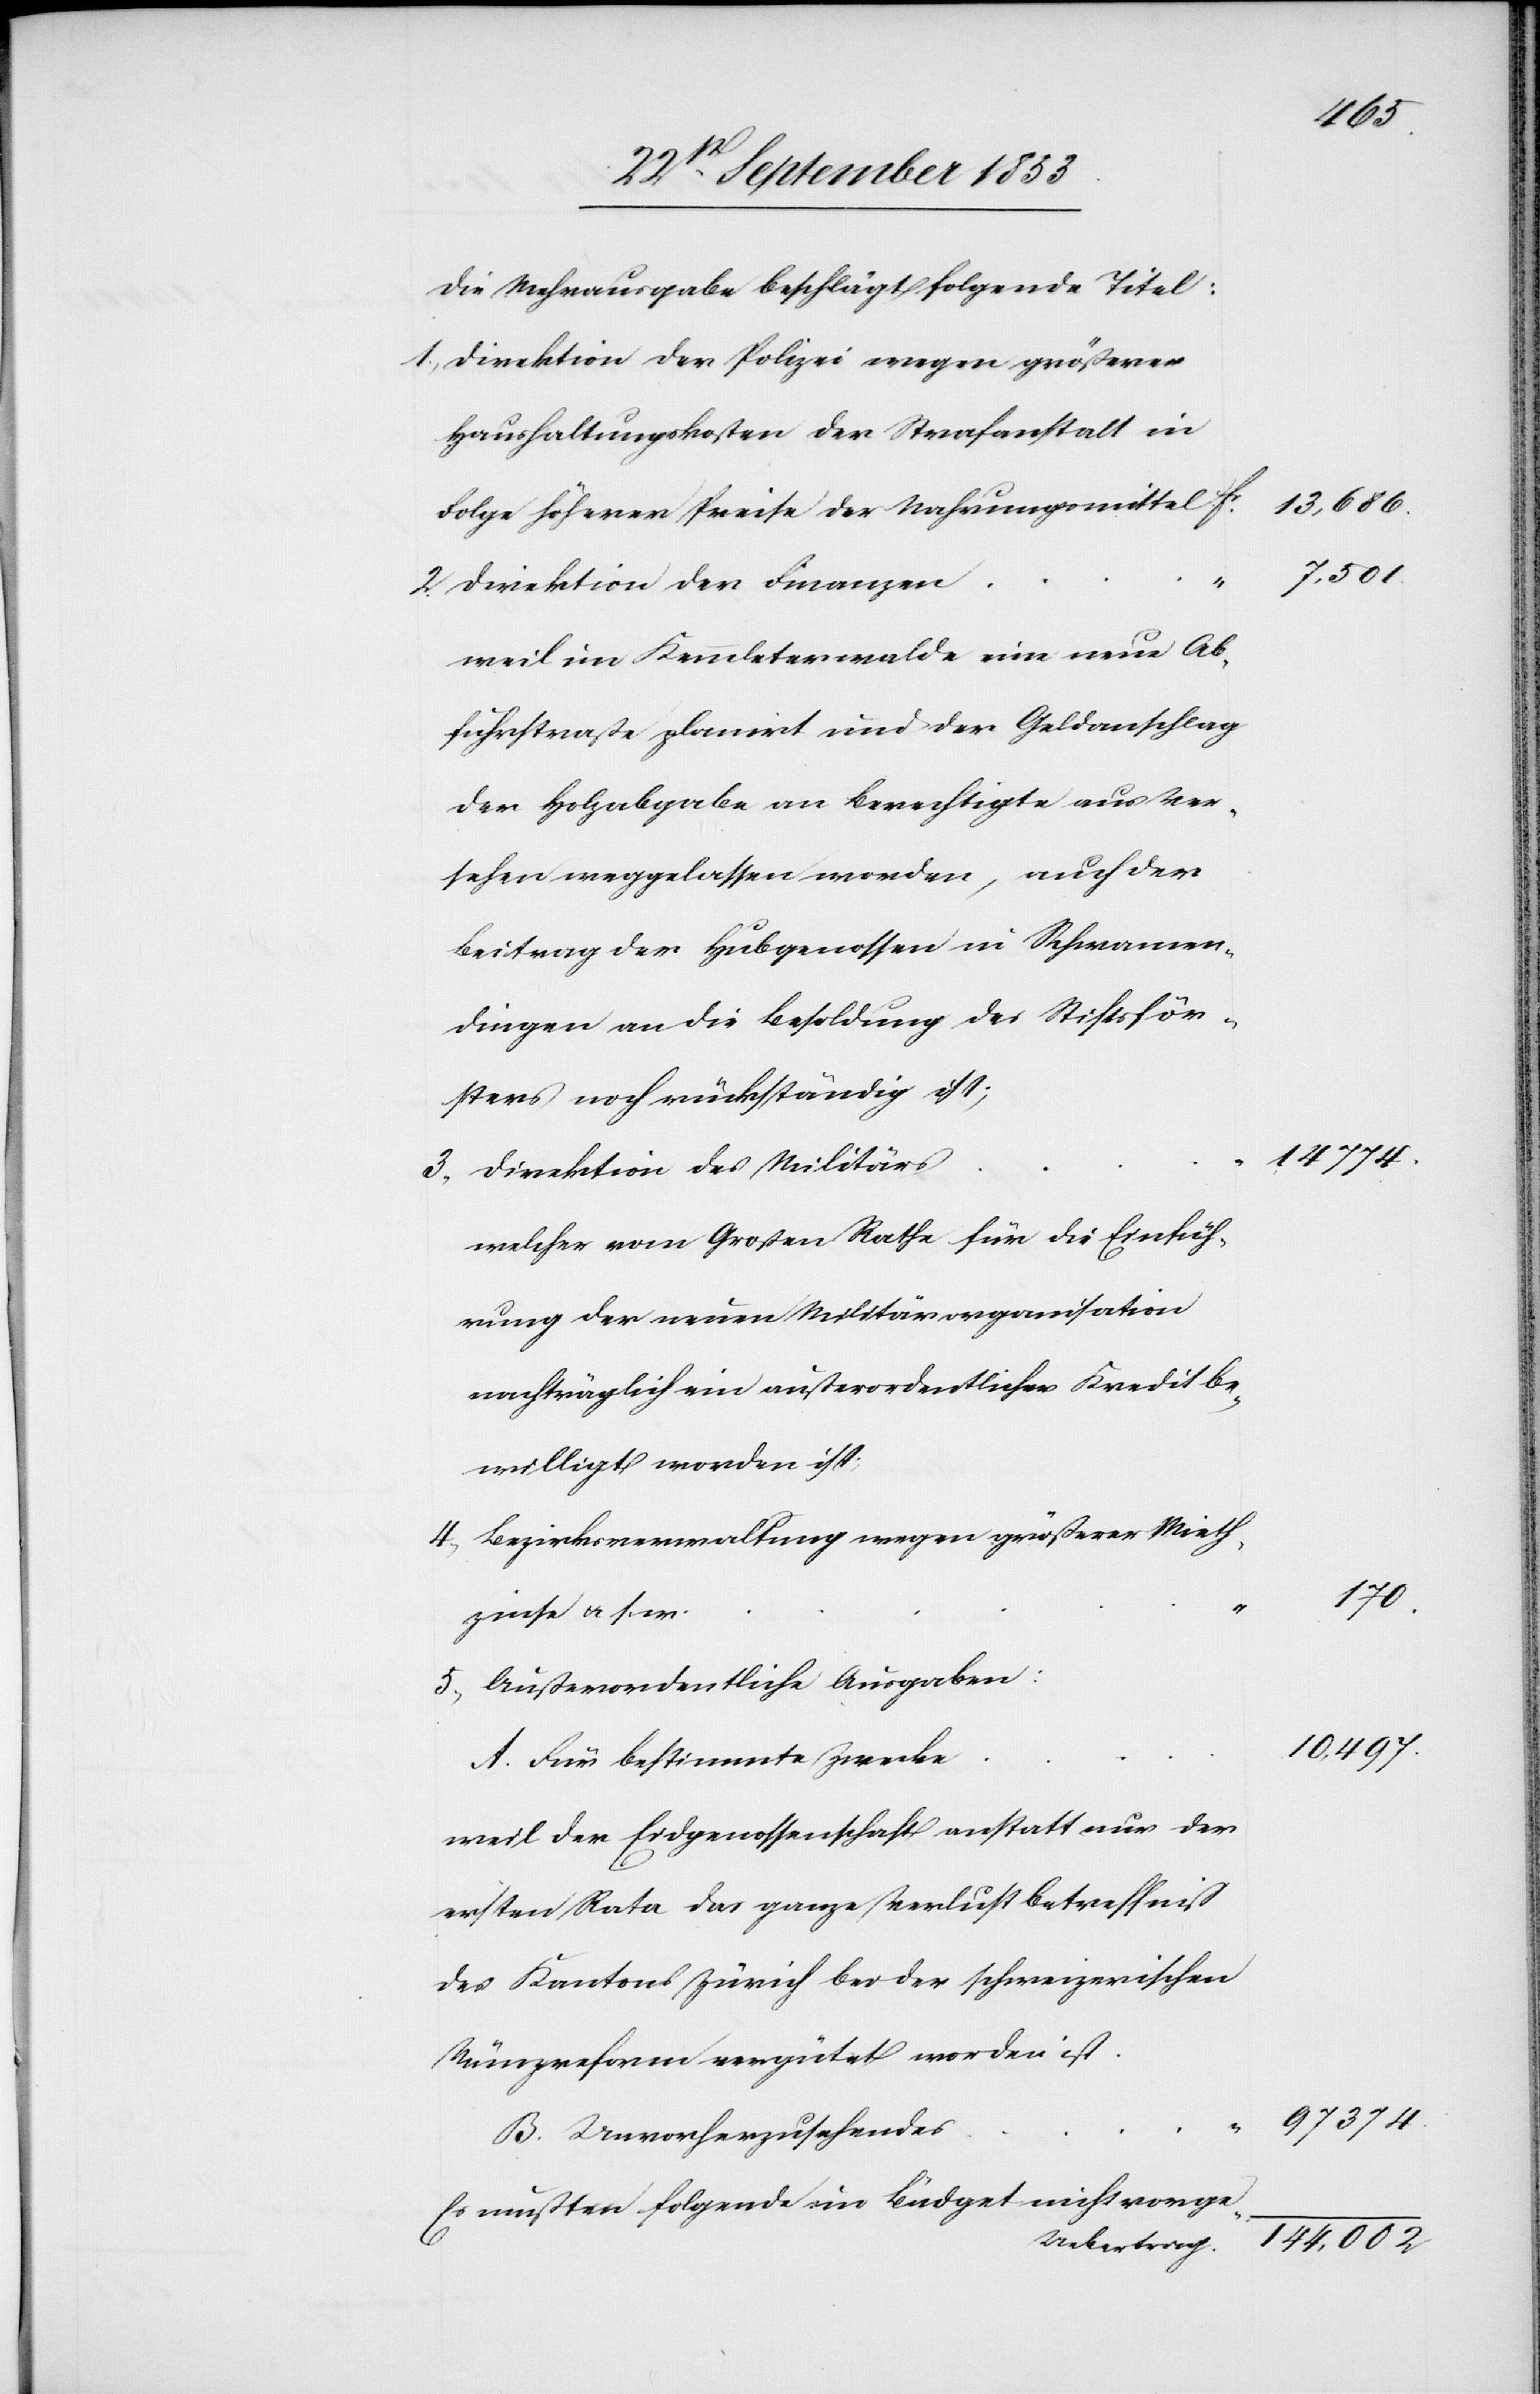
1, Direktion der Polizei wegen größerer
Haushaltungskosten der Strafanstalt in
13,686.
Folge höherer Preise der Nahrungsmittel
7,501
2, Direktion der Finanzen
weil im Kemmleterwalde eine neue Ab¬
fuhrstraße planirt und der Geldanschlag
der Holzabgabe an Berechtigte aus Ver¬
sehen weggelassen worden, auch der
Beitrag der Hubgenossen in Schwamen¬
dingen an die Besoldung des Stiftsför¬
sters noch rückständig ist;
3, Direktion des Militärs
welcher vom Großen Rathe für die Einfüh¬
rung der neuen Militärorganisation
nachträglich ein außerordentlicher Kredit be¬
willigt worden ist;
4, Bezirksverwaltung wegen größerer Mieth¬
170.
zinse u. s. w.
5, Außerordentliche Ausgaben:
Für bestimmte Zwecke
Unvorherzusehendes
Es mussten folgende im Budget nicht vorge-